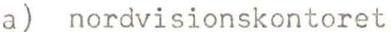
a) nordvisionskontoret